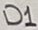
Text: D1